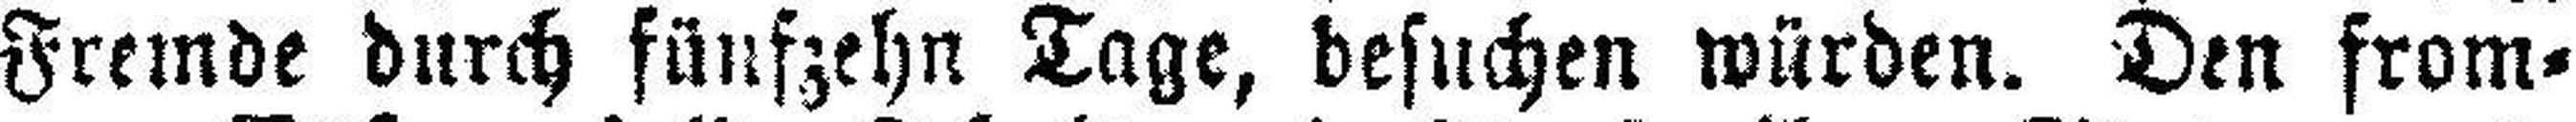
Fremde durch fünfzehn Tage, besuchen würden. Den from¬